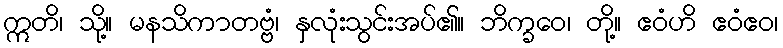
ဣတိ၊ သို့။ မနသိကာတဗ္ဗံ၊ နှလုံးသွင်းအပ်၏။ ဘိက္ခဝေ၊ တို့။ ဧဝံဟိ ဧဝံဧဝ၊